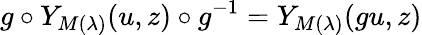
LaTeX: g\circ Y_{M(\lambda)}(u,z)\circ g^{-1}=Y_{M(\lambda)}(gu,z)